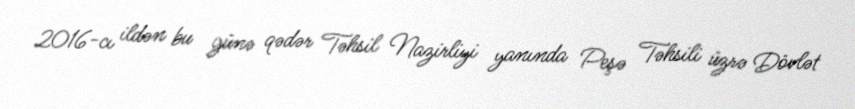
2016-cı ildən bu günə qədər Təhsil Nazirliyi yanında Peşə Təhsili üzrə Dövlət